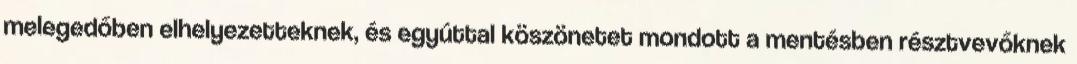
melegedőben elhelyezetteknek, és egyúttal köszönetet mondott a mentésben résztvevőknek